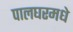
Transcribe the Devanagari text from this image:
पालघरमधे